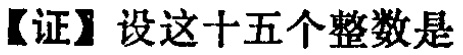
【证】设这十五个整数是